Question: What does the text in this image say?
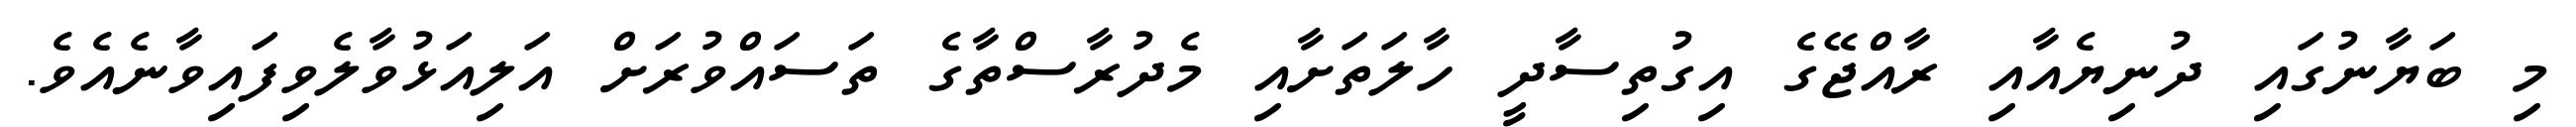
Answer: މި ބަޔާނުގައި ދުނިޔެއާއި ރާއްޖޭގެ އިގުތިސާދީ ހާލަތަށާއި މެދުރާސްތާގެ ތަސައްވުރަށް އަލިއަޅުވާލެވިފައިވާނެއެވެ.